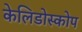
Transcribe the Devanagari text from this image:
केलिडोस्कोप